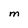
Character: M